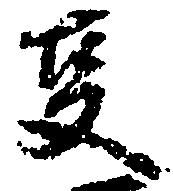
事